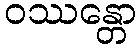
ဝဿန္တော